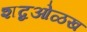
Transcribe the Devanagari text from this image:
शब्दओळख